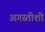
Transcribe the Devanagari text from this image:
अगस्तीशी